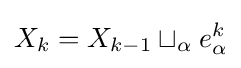
X_{k}=X_{k-1}\sqcup _{\alpha }e_{\alpha }^{k}